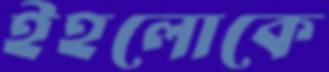
ইহলোকে